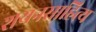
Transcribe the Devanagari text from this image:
शयनसाहित्य